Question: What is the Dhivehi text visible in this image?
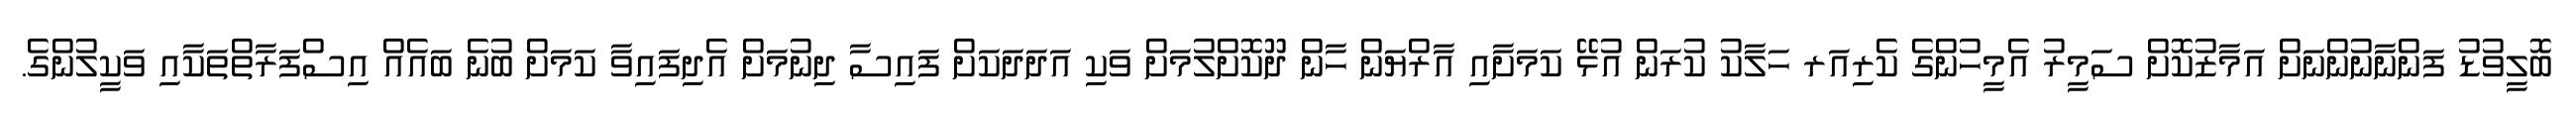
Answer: ބޮލީވުޑު ފަންނާނުންނަށް އަމާޒުކޮށް ސަމީރު އެމީހުންގެ ކެރިއަރ ހަލާކު ކުރަން އުޅޭ ކަމަށާއި އާރްޔަން ހާން ދޫކޮށްލުމަށް ވަކި އަދަދަކަށް ފައިސާ ދިނުމަށް އެދިފައިވާ ކަމަށް ބުނެ ބައެއް އިސްފަރާތްތަކާއި ވަކީލުންގެ.